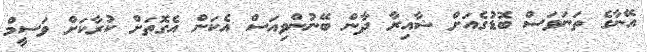
އޭނާގެ ތަނަވަސް ބޮޑުގެއަށް ޝާއިރާ ދާން ބޭނުންވިއަސް އެކަން އެގޮތަށް ކުރާކަށް ވަސީމް